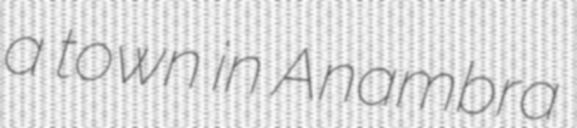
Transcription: a town in Anambra